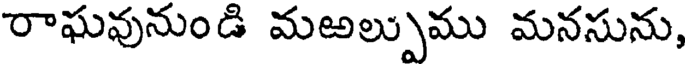
రాఘవునుండి మఱల్పుము మనసును,